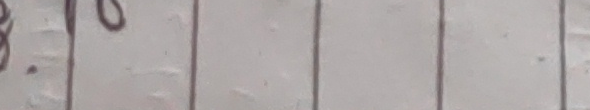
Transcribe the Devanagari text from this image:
७०